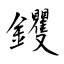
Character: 钁